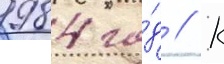
1984 го́д // К